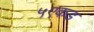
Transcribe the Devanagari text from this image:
५एकड़